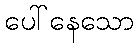
ပေါ်နေသော